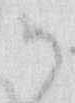
御